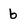
Character: 6